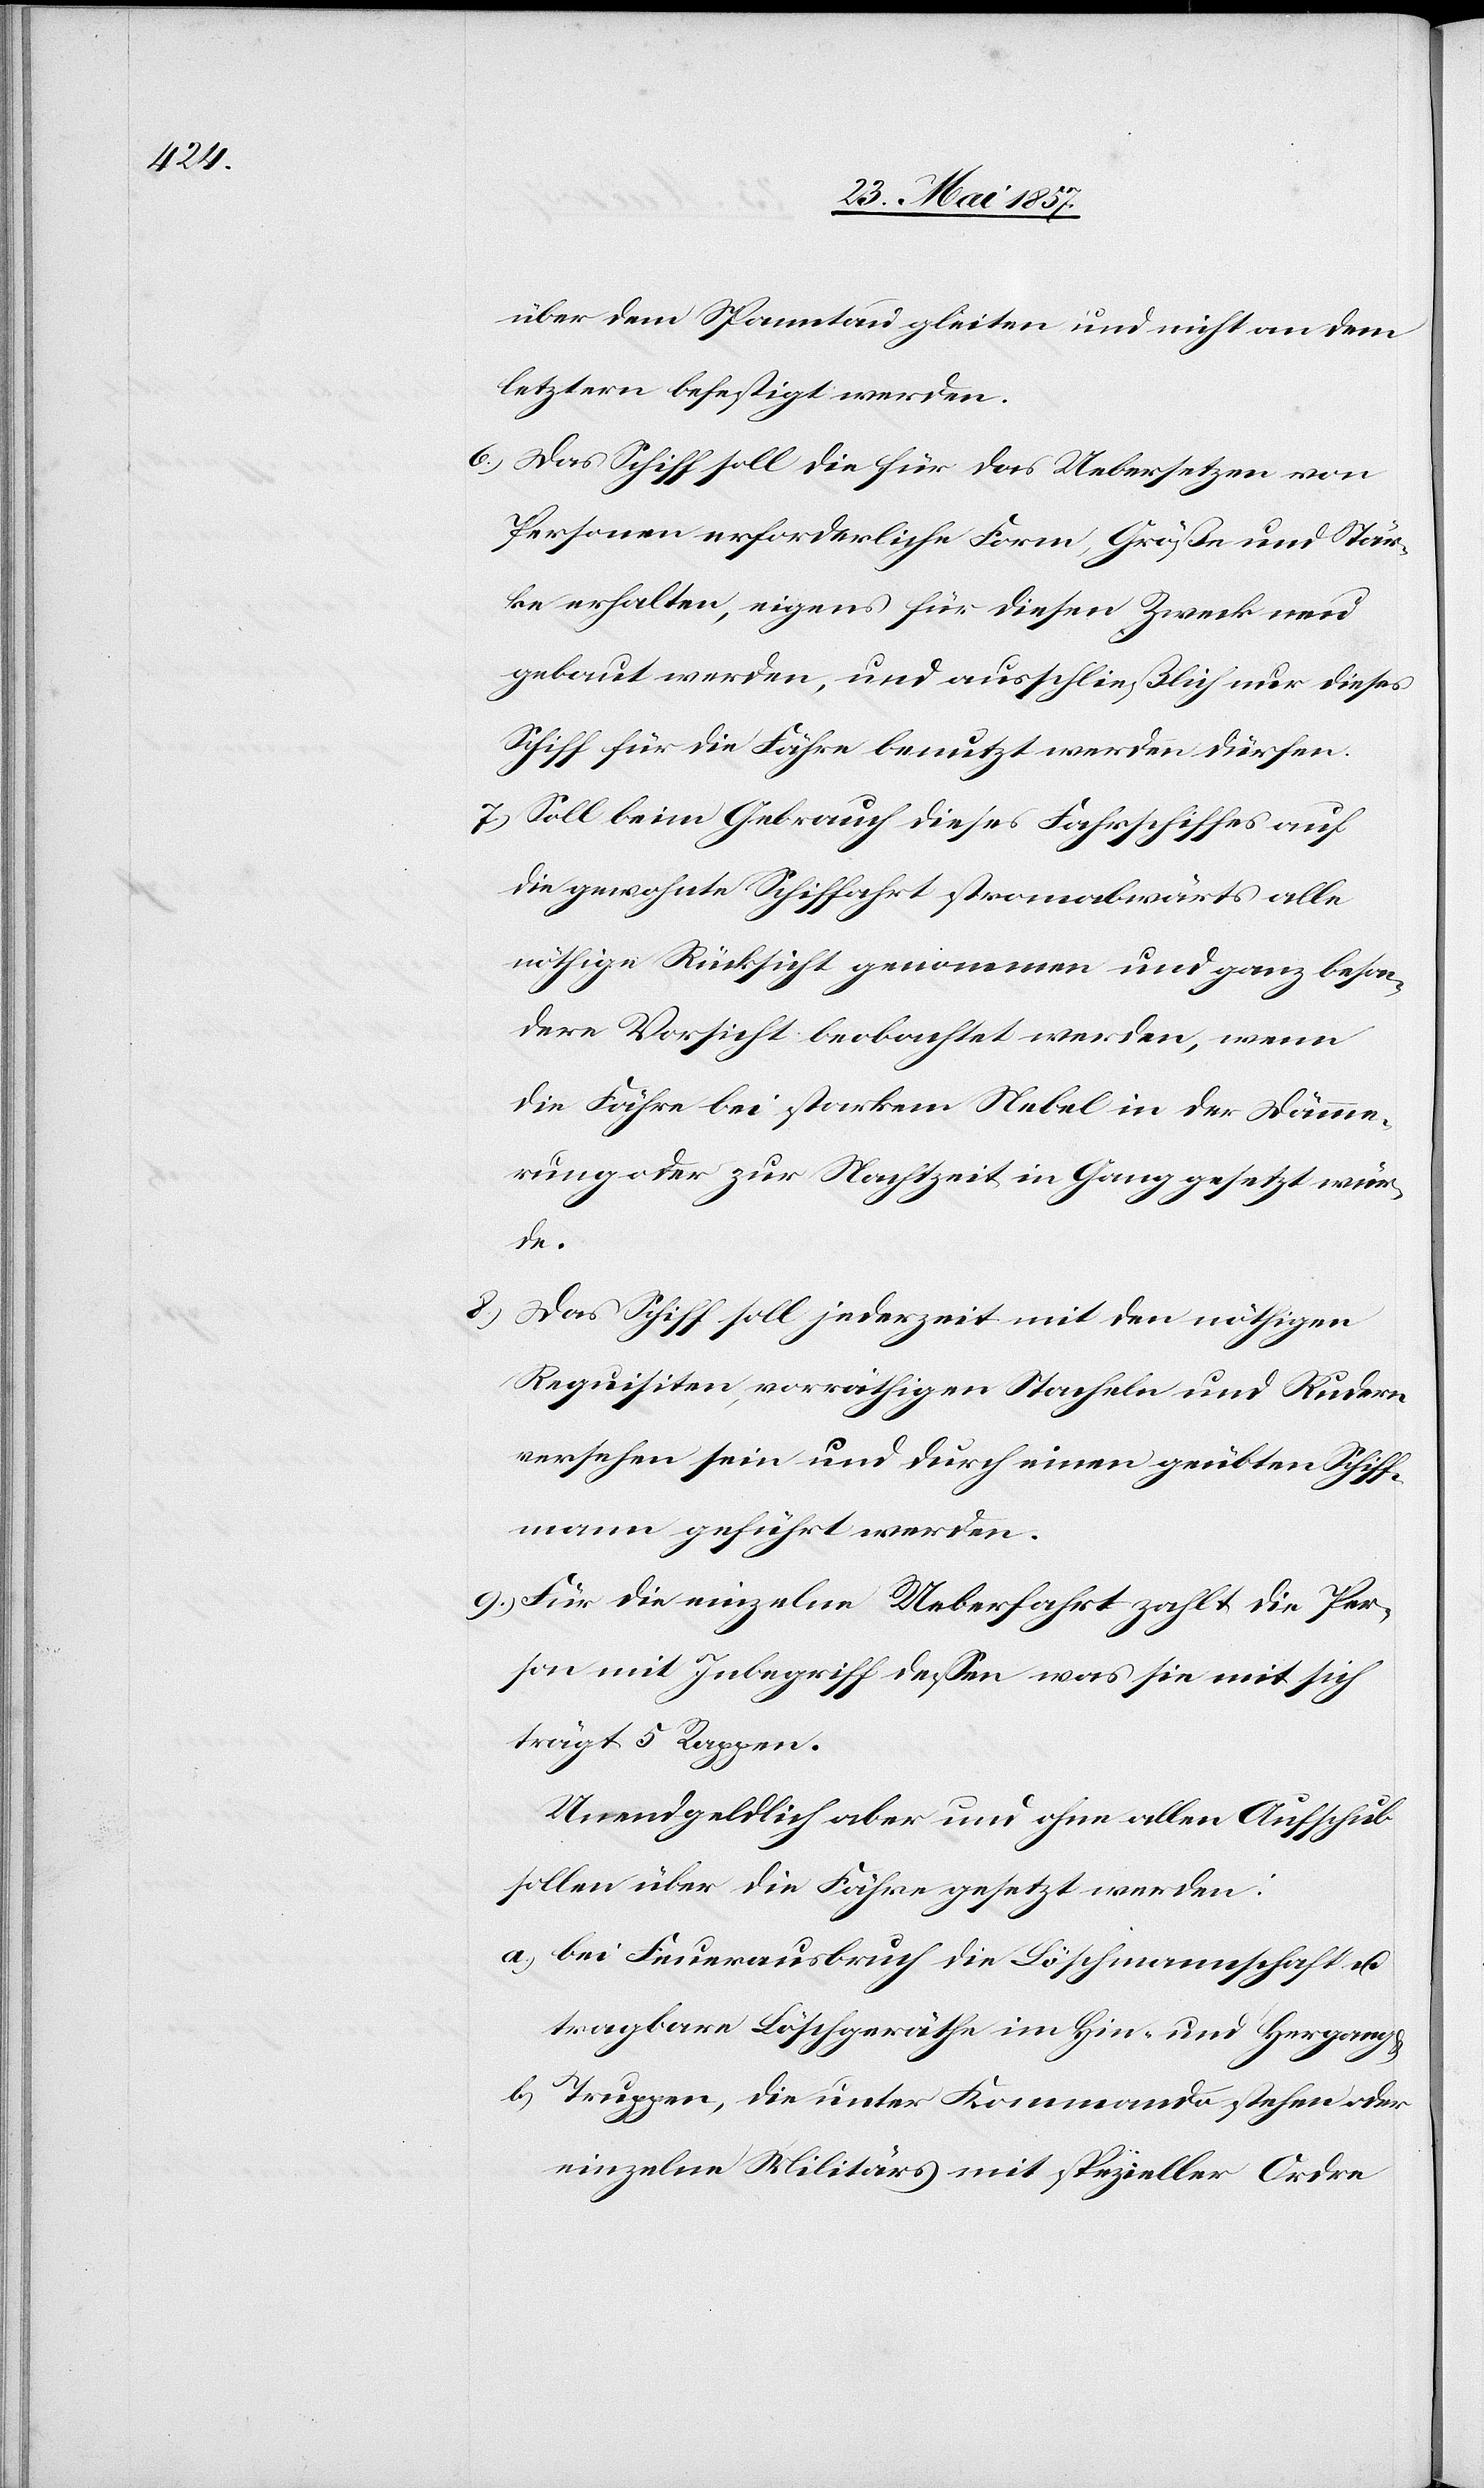
über dem Spanntau gleiten und nicht an dem
letztern befestigt werden.
6.) Das Schiff soll die für das Uebersetzen von
Personen erforderliche Form, Größe und Stär¬
ke erhalten, eigens für diesen Zweck neu
gebaut werden, und ausschließlich dieses
Schiff für die Fähre benutzt werden dürfen.
7.) Soll beim Gebrauch dieses Fahrschiffes auf
die gewohnte Schiffahrt stromabwärts alle
nöthige Rücksicht genommen und ganz beson¬
dere Vorsicht beobachtet werden, wenn
die Fähre bei starkem Nebel in der Dämme¬
rung oder zur Nachtzeit in Gang gesetzt wür¬
de.
8.) Das Schiff soll jederzeit mit den nöthigen
Requisiten, vorräthigen Stacheln und Rudern
versehen sein und durch einen geübten Schiff¬
mann geführt werden.
9.) Für die einzelne Ueberfahrt zahlt die Per¬
son mit Inbegriff dessen was sie mit sich
trägt 5 Rappen.
Unentgeldlich aber und ohne allen Aufschub
sollen über die Fähre gesetzt werden:
a) bei Feuerausbruch die Löschmannschaft &
tragbare Löschgeräthe im Hin- und Hergang
b) Truppen, die unter Kommando stehen oder
einzelne Militärs mit speziellen Ordre